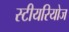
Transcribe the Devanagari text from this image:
स्टीयरियोज